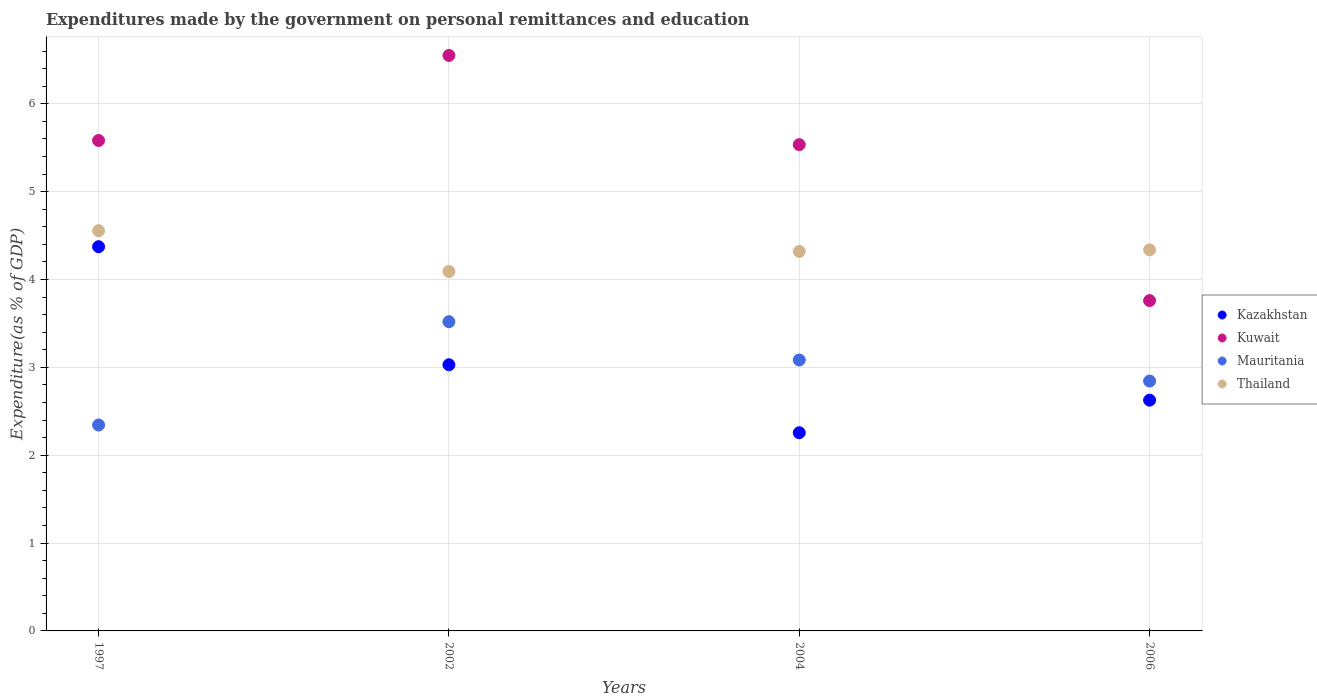
| Years | Kazakhstan | Kuwait | Mauritania | Thailand |
 | --- | --- | --- | --- | --- |
 | 1997 | 4.37 | 5.58 | 2.34 | 4.56 |
 | 2002 | 3.03 | 6.55 | 3.52 | 4.09 |
 | 2004 | 2.26 | 5.54 | 3.08 | 4.32 |
 | 2006 | 2.63 | 3.76 | 2.84 | 4.34 |